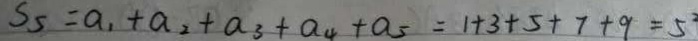
S _ { 5 } = a _ { 1 } + a _ { 2 } + a _ { 3 } + a _ { 4 } + a _ { 5 } = 1 + 3 + 5 + 7 + 9 = 5 ^ { 2 }